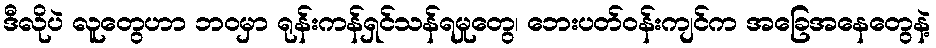
ဒီလိုပဲ လူတွေဟာ ဘဝမှာ ရုန်းကန်ရှင်သန်ရမှုတွေ၊ ဘေးပတ်ဝန်းကျင်က အခြေအနေတွေနဲ့